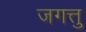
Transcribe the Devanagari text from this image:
जगत्तु